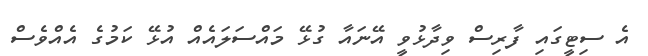
އެ ސިޓީގައި ފާރިސް ވިދާޅުވީ އޭނައާ ގުޅޭ މައްސަލައެއް އުޅޭ ކަމުގެ އެއްވެސް